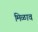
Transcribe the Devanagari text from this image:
मिळाव